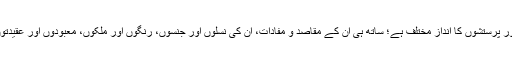
ان کے عقیدے مختلف ہیں، رجحانات ومیلانات مختلف ہیں، عبادتوں اور پرستشوں کا انداز مختلف ہے؛ ساتھ ہی ان کے مقاصد و مفادات، ان کی نسلوں اور جنسوں، رنگوں اور ملکوں، معبودوں اور عقیدتوں کے محوروں میں نہ صرف اختلاف؛ بلکہ بالکل تضاد پایا جاتا ہے۔